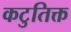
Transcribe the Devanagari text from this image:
कटुतिक्त